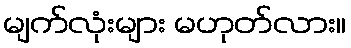
မျက်လုံးများ မဟုတ်လား။